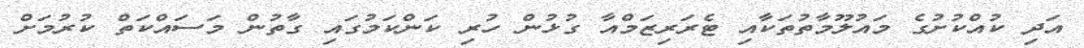
އަދި ކުއްކުށުގެ މައުލޫމާތުތަކާއި ޓެރަރިޒަމްއާ ގުޅުން ހުރި ކަންކަމުގައި ގާތުން މަސައްކަތް ކުރުމަށް